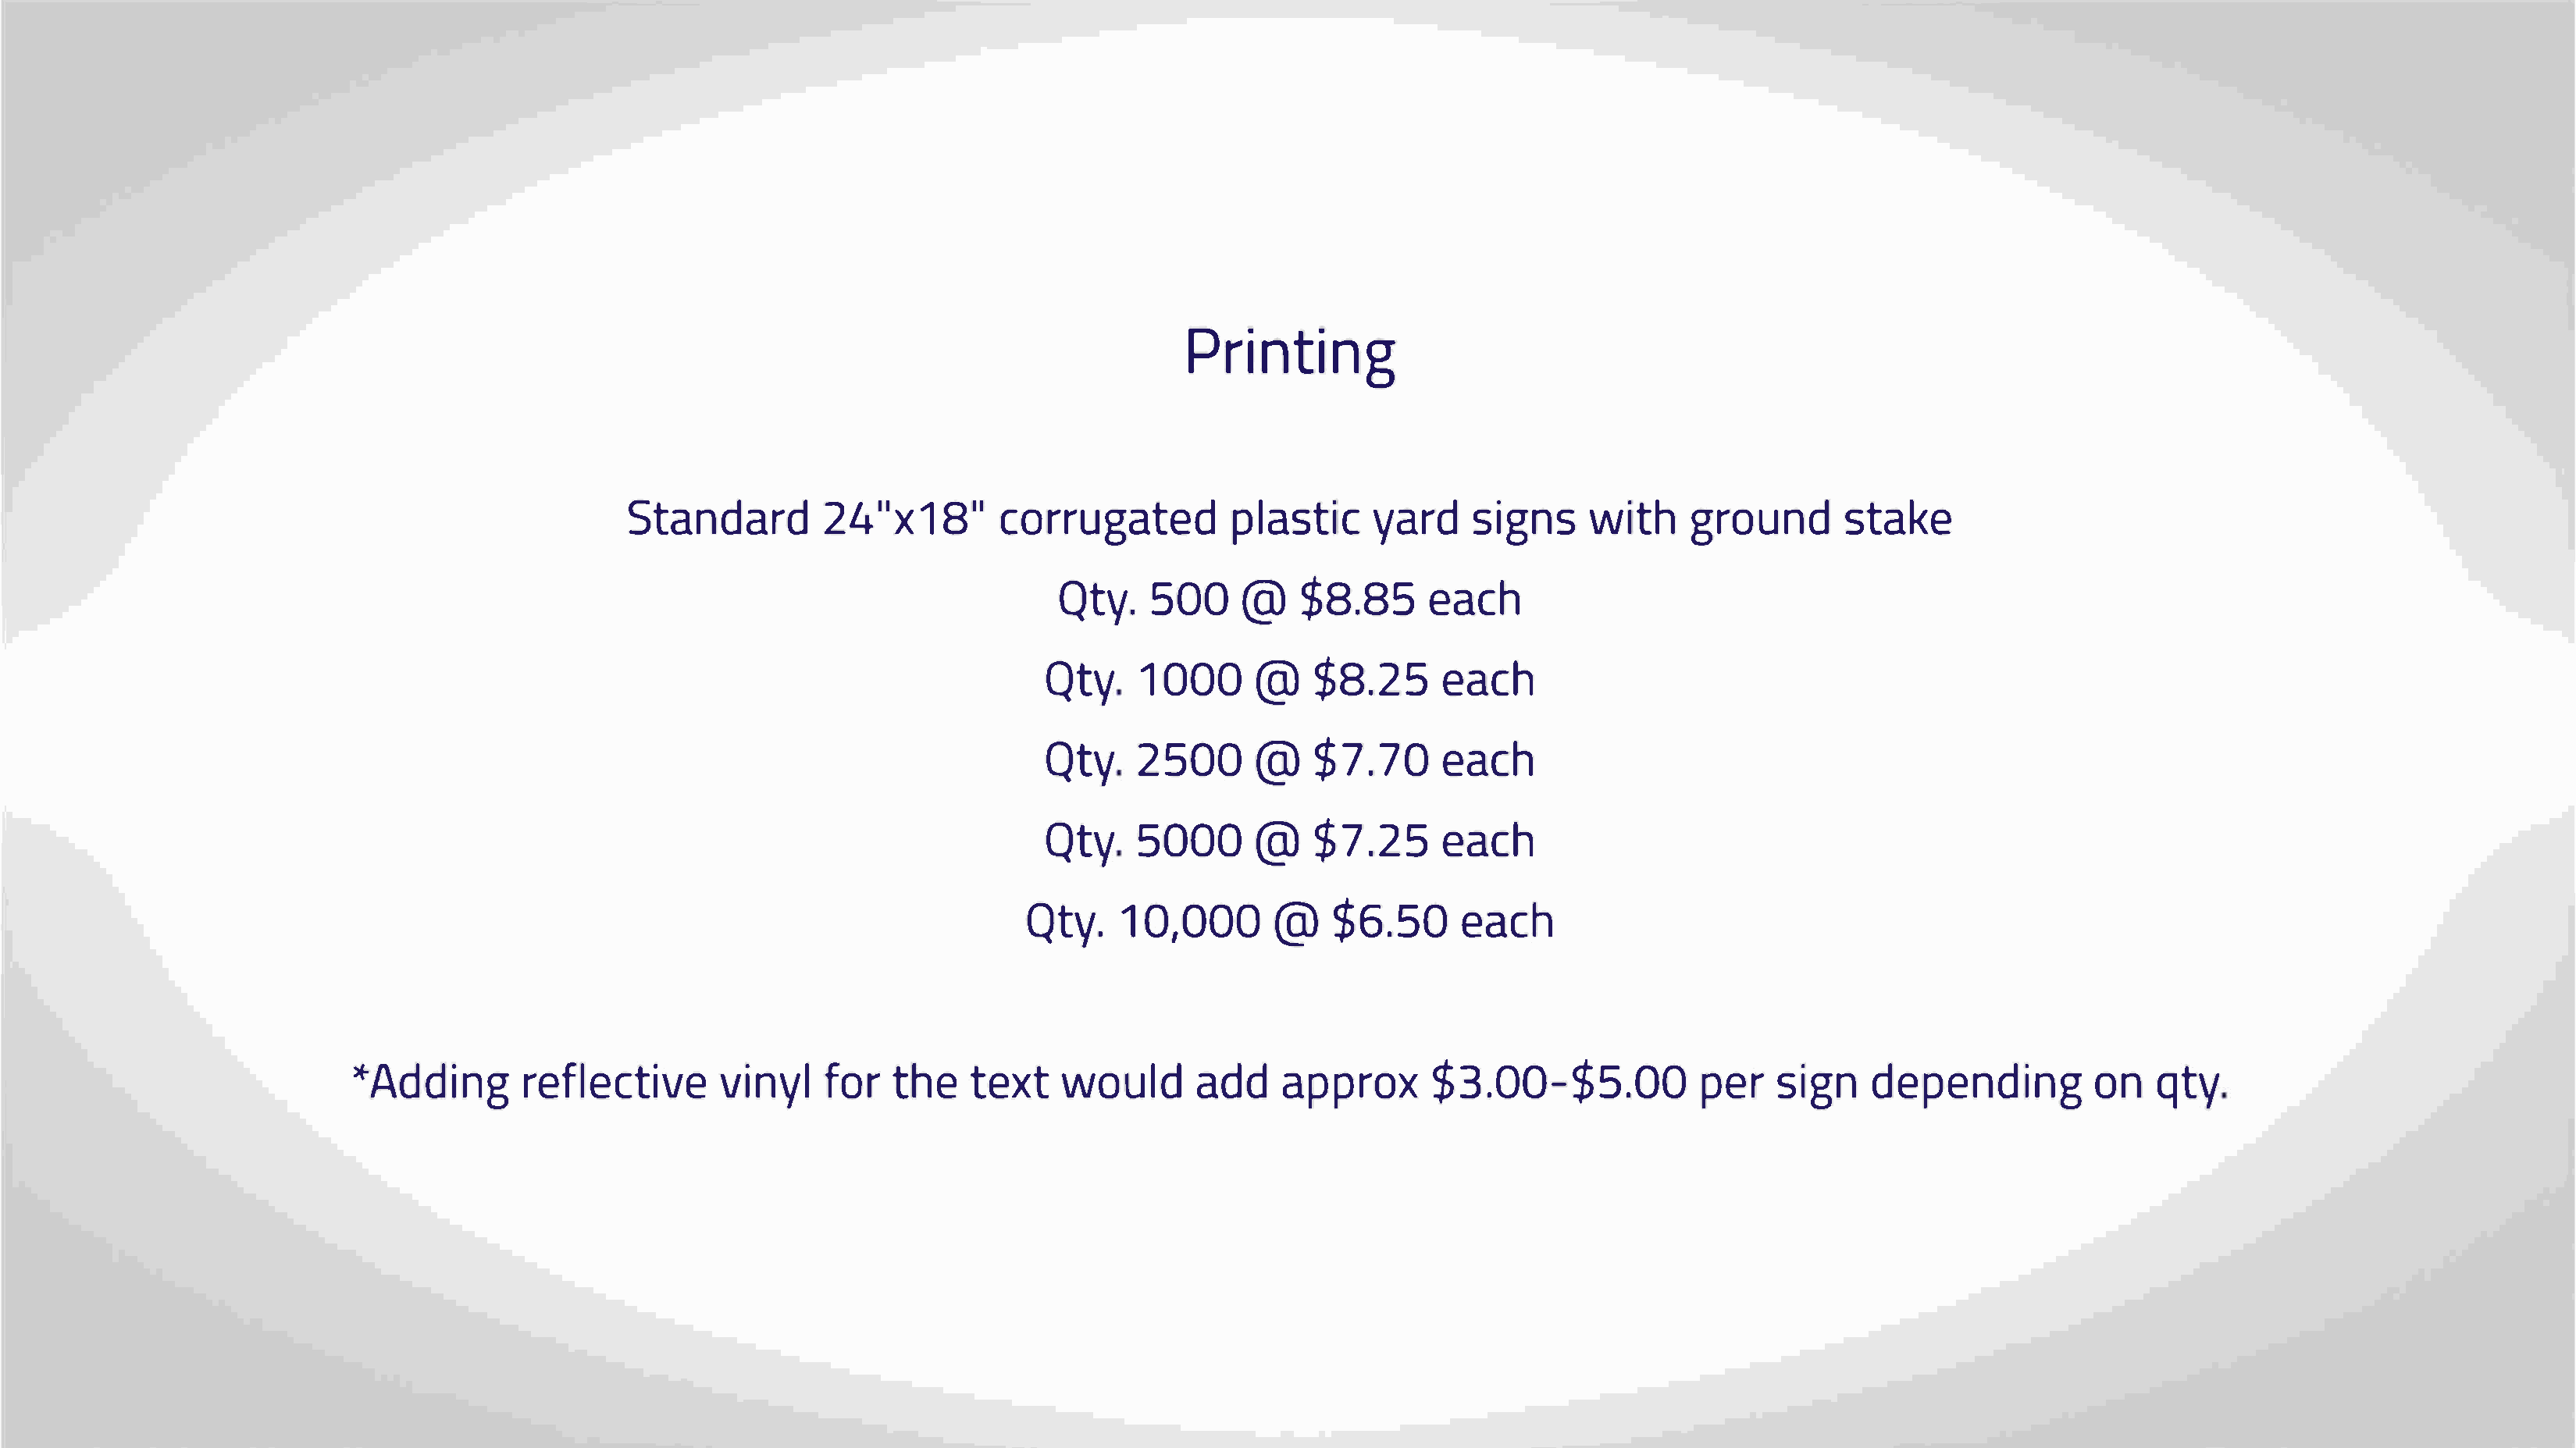
Printing
 11      11
 Stand2a4rxd1                  8corrugpaltaesydta                      irscdi   gwnistg       hr   ousntda         ke
 Qty5.0@        0    $8.e8a5c              h
 Qty1       000@$          8.e2a5c           h
 Qty2       50@0       $7.e7a0c              h
 Qty5       00@0       $7.e2a5c              h
 Qty1.0         ,0@0       $06.e5a0c             h
 *Addrienfgl                  evcitnfiyovtlreh       tee     xwto   uladda      dp     pr$o3x.         00-$p5es.ri0              g0dn e  pendoinqn            tgy